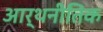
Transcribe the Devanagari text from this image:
आर्थनीतिक